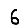
Digit: 6